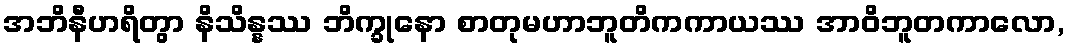
အဘိနီဟရိတွာ နိသိန္နဿ ဘိက္ခုနော စာတုမဟာဘူတိကကာယဿ အာဝိဘူတကာလော,